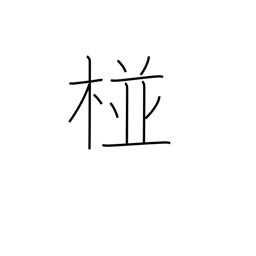
Meaning: name of a place in India